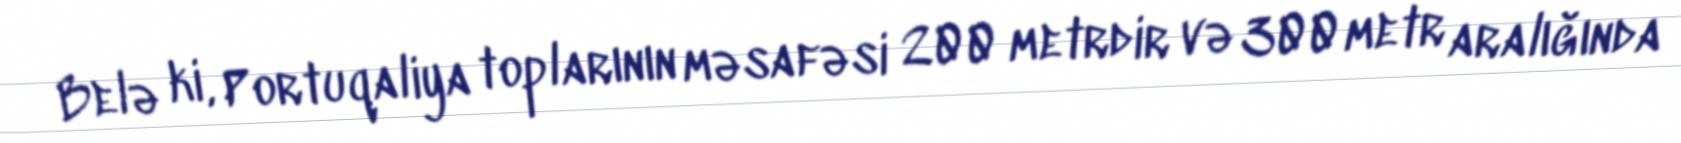
Belə ki, Portuqaliya toplarının məsafəsi 200 metrdir və 300 metr aralığında